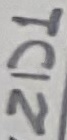
Text: ZD1